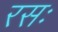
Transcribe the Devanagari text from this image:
रसः